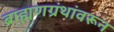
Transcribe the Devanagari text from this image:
ब्राह्मणग्रंथांवरून